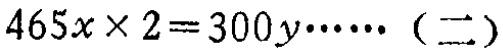
\(465x\times 2 = 300y\cdots\cdots（二）\)